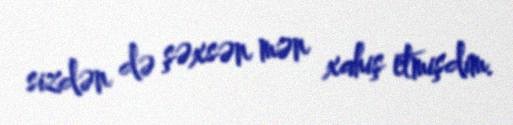
sizdən də şəxsən mən xahiş etmişdim.